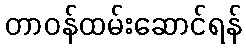
တာဝန်ထမ်းဆောင်ရန်